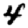
Digit: 4